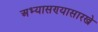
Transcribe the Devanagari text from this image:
अभ्यासण्यासारखे